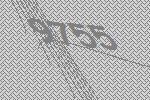
9755